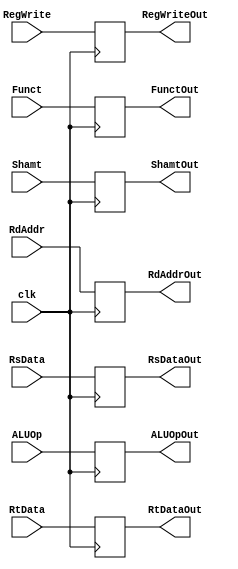
module ID_EX(
	// Outputs
	output reg [1:0]ALUOpOut,
	output reg RegWriteOut,
	output reg [31:0]RsDataOut,RtDataOut,
	output reg [5:0]FunctOut,
	output reg [4:0]ShamtOut, RdAddrOut,
	// Inputs
	input wire [1:0]ALUOp,
	input wire clk, RegWrite,
	input wire [31:0]RsData,RtData,
	input wire [5:0]Funct, 
	input wire [4:0]Shamt, RdAddr
);

	always @ (posedge clk)
	begin
		ALUOpOut <= ALUOp;
		RegWriteOut <= RegWrite;
		RsDataOut <= RsData;
		RtDataOut <= RtData;
		FunctOut <= Funct;
		ShamtOut <= Shamt;
		RdAddrOut <= RdAddr;
	end
endmodule